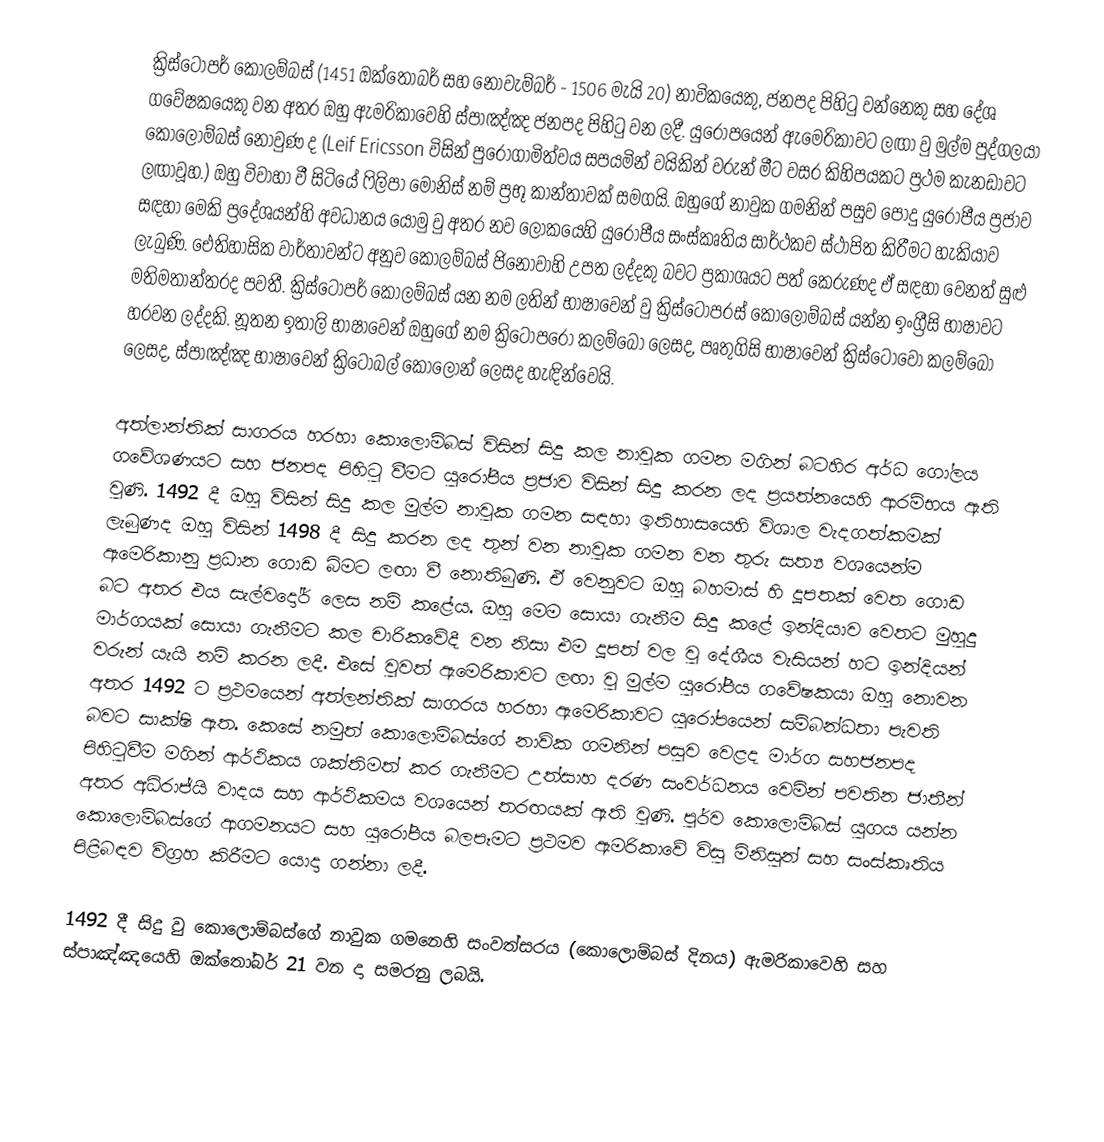
ක්‍රිස්ටෝපර් කොලම්බස් (1451 ඔක්තෝබර් සහ නොවැම්බර් - 1506 මැයි 20) නාවිකයෙකු, ජනපද පිහිටු වන්නෙකු සහ දේශ ගවේෂකයෙකු වන අතර ඔහු ඇමරිකාවෙහි ස්පාඤ්ඤ ජනපද පිහිටු වන ලදී. යුරෝපයෙන් ඇමෙරිකාවට ලඟා වු මුල්ම පුද්ගලයා කොලොම්බස් නොවුණ ද (Leif Ericsson විසින් පුරෝගාමිත්වය සපයමින් වයිකින් වරුන් මීට වසර කිහිපයකට ප්‍රථම කැනඩාවට ලඟාවූහ.) ඔහු විවාහා වී සිටියේ ෆිලිපා මොනිස් නම් ප්‍රභූ කාන්තාවක් සමගයි. ඔහුගේ නාවුක ගමනින් පසුව පොදු යුරෝපීය ප්‍රජාව සඳහා මෙකි ප්‍රදේශයන්හි අවධානය යොමු වු අතර නව ලෝකයෙහි යුරෝපීය සංස්කෘතිය සාර්ථකව ස්ථාපිත කිරීමට හැකියාව ලැබුණි. ඓතිහාසික වාර්තාවන්ට අනුව ‍කොලම්බස් ජිනෝවාහි උපත ලද්දකු බවට ප්‍රකාශයට පත් කෙරුණද ඒ සඳහා වෙනත් සුළු මතිමතාන්තරද පවතී. ක්‍රිස්ටෝපර් කොලම්බස් යන නම ලතින් භාෂාවෙන් වු ක්‍රිස්ටෝපරස් කොලොම්බස් යන්න ඉංග්‍රීසි භාෂාවට හරවන ලද්දකි. නූතන ඉතාලි භාෂාවෙන් ඔහුගේ නම ක්‍රිටොපරෝ කලම්බෝ ලෙසද, පෘතුගිසි භාෂාවෙන් ක්‍රිස්ටෝවෝ කලම්බෝ ලෙසද, ස්පාඤ්ඤ භාෂාවෙන් ක්‍රිටෝබල් කොලෝන් ලෙසද හැඳින්වෙයි.

අත්ලාන්තික් සාගරය හරහා කොලොම්බස් විසින් සිදු කල නාවුක ගමන මගින් බටහිර අර්ධ ගෝලය ගවේශණයට සහ ජනපද පිහිටු වීමට යුරෝපීය ප්‍රජාව විසින් සිදු කරන ලද ප්‍රයත්නයෙහි ආරම්භය ඇති වුණි. 1492 දී ඔහු විසින් සිදු කල මුල්ම නාවුක ගමන සඳහා ඉතිහාසයෙහි විශාල වැදගත්කමක් ලැබුණද ඔහු විසින් 1498 දී සිදු කරන ලද තුන් වන නාවුක ගමන වන තුරු සත්‍ය වශයෙන්ම ඇමෙරිකානු ප්‍රධාන ගොඩ බිමට ලඟා වී නොතිබුණි. ඒ වෙනුවට ඔහු බහමාස් හි දූපතක් වෙත ගොඩ බට අතර එය සැල්වදෝර් ලෙස නම් කළේය. ඔහු මෙම සොයා ගැනීම සිදු කළේ ඉන්දියාව වෙතට මුහුදු මාර්ගයක් සොයා ගැනීමට කල චාරිකවේදී වන නිසා එම දූපත් වල වු දේශීය වැසියන් හට ඉන්දියන් වරුන් යැයි නම් කරන ලදී. එසේ වුවත් ඇමෙරිකාවට ලඟා වු මුල්ම යුරෝපීය ගවේෂකයා ඔහු නොවන අතර 1492 ට ප්‍රථමයෙන් අත්ලන්තික් සාගරය හරහා ඇමෙරිකාවට යුරෝපයෙන් සම්බන්ධතා පැවති බවට සාක්ෂි ඇත. කෙසේ නමුත් කොලොම්බස්ගේ නාවික ගමනින් පසුව වෙළද මාර්ග සහජනපද පිහිටුවීම මගින් ආර්ථිකය ශක්තිමත් කර ගැනීමට උත්සාහ දරණ සංවර්ධනය වෙමින් පවතින ජාතීන් අතර අධිරාජ්යි වාදය සහ ආර්ථිකමය වශයෙන් තරඟයක් ඇති වුණි. පුර්ව කොලොම්බස් යුගය යන්න කොලොම්බස්ගේ ආගමනයට සහ යුරෝපීය බලපෑමට ප්‍රථමව ඇමරිකාවේ විසු මිනිසුන් සහ සංස්කෘතිය පිළිබඳව විග්‍රහ කිරීමට යොදා ගන්නා ලදී.

1492 දී සිදු වු කොලොම්බස්ගේ නාවුක ගමනෙහි සංවත්සරය (කොලොම්බස් දිනය) ඇමරිකාවෙහි සහ ස්පාඤ්ඤයෙහි ඔක්තෝබර් 21 වන දා සමරනු ලබයි.